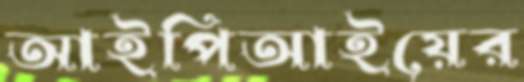
আইপিআইয়ের